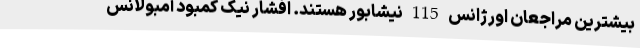
بیشترین مراجعان اورژانس 115 نیشابور هستند. افشار نیک کمبود آمبولانس